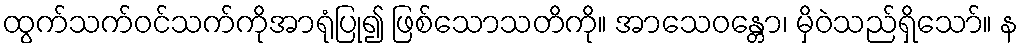
ထွက်သက်ဝင်သက်ကိုအာရုံပြု၍ ဖြစ်သောသတိကို။ အာသေဝန္တော၊ မှိဝဲသည်ရှိသော်။ န